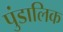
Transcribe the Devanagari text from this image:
पुंडालिक